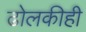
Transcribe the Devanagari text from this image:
ढोलकीही